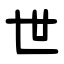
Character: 世